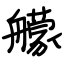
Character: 艨